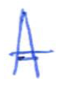
Text: A
Cross-out: single-line
Writing tool: ballpoint